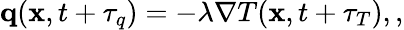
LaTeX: \begin{array}{r}{\mathbf q(\mathbf x,t+\tau_{q})=-\lambda\nabla T(\mathbf x,t+\tau_{T}),,}\end{array}